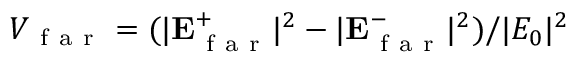
V _ { \mathrm { ~ f ~ a ~ r ~ } } = ( | \mathbf { E } _ { \mathrm { ~ f ~ a ~ r ~ } } ^ { + } | ^ { 2 } - | \mathbf { E } _ { \mathrm { ~ f ~ a ~ r ~ } } ^ { - } | ^ { 2 } ) / | E _ { 0 } | ^ { 2 }